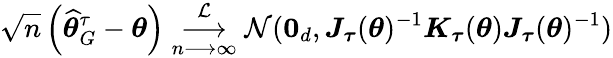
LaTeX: \sqrt{n}\left(\widehat{\boldsymbol{\theta}}_{G}^{\tau}-\boldsymbol{\theta}\right)\underset{n\longrightarrow\infty}{\overset{\mathcal{L}}{\longrightarrow}}\mathcal{N}(\boldsymbol{0}_{d},\boldsymbol{J}_{\boldsymbol{\tau}}(\boldsymbol{\theta})^{-1}\boldsymbol{K}_{\boldsymbol{\tau}}(\boldsymbol{\theta})\boldsymbol{J}_{\boldsymbol{\tau}}(\boldsymbol{\theta})^{-1})